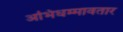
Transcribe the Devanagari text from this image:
अभिधम्मावतार